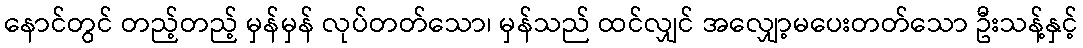
နောင်တွင် တည့်တည့် မှန်မှန် လုပ်တတ်သော၊ မှန်သည် ထင်လျှင် အလျှော့မပေးတတ်သော ဦးသန့်နှင့်